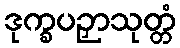
ဒုက္ခပဉှာသုတ္တံ